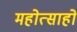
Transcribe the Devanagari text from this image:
महोत्साहो